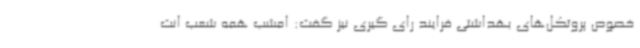
خصوص پروتکل‌های بهداشتی فرایند رای گیری نیز گفت: امشب همه شعب انت